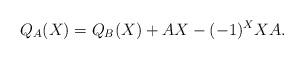
LaTeX: \begin{align*}Q_A(X) = Q_{B}(X) + AX -(-1)^X XA.\end{align*}